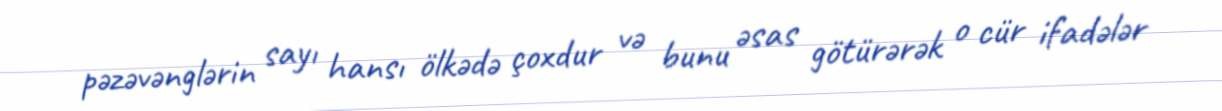
pəzəvənglərin sayı hansı ölkədə çoxdur və bunu əsas götürərək o cür ifadələr